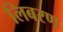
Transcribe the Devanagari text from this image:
लिबरण